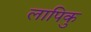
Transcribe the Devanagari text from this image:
लापिकु